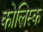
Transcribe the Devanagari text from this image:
कोलिस्क